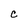
Character: C